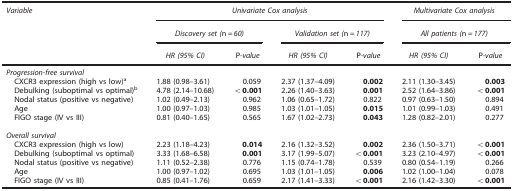
<table><thead><tr><td><b><i>Variable</i></b></td><td colspan="4"><b><i>Univariate Cox analysis</i></b></td><td colspan="2"><b><i>Multivariate Cox analysis</i></b></td></tr><tr><td><b> </b></td><td colspan="2"><b><i>Discovery set (</i>n=<i>60)</i></b></td><td colspan="2"><b><i>Validation set (</i>n=<i>117)</i></b></td><td colspan="2"><b><i>All patients (</i>n=<i>177)</i></b></td></tr><tr><td><b> </b></td><td><b><i>HR (95% CI)</i></b></td><td><b>P<i>-value</i></b></td><td><b><i>HR (95% CI)</i></b></td><td><b>P<i>-value</i></b></td><td><b><i>HR (95% CI)</i></b></td><td><b>P<i>-value</i></b></td></tr></thead><tbody><tr><td colspan="7"><i>Progression-free survival</i></td></tr><tr><td> CXCR3 expression (high vs low)a</td><td>1.88 (0.98–3.61)</td><td>0.059</td><td>2.37 (1.37–4.09)</td><td><b>0.002</b></td><td>2.11 (1.30–3.45)</td><td><b>0.003</b></td></tr><tr><td> Debulking (suboptimal vs optimal)b</td><td>4.78 (2.14–10.68)</td><td><b>&lt;0.001</b></td><td>2.26 (1.40–3.63)</td><td><b>0.001</b></td><td>2.52 (1.64–3.86)</td><td><b>&lt;0.001</b></td></tr><tr><td>Nodal status (positive vs negative)</td><td>1.02 (0.49–2.13)</td><td>0.962</td><td>1.06 (0.65–1.72)</td><td>0.822</td><td>0.97 (0.63–1.50)</td><td>0.894</td></tr><tr><td> Age</td><td>1.00 (0.97–1.03)</td><td>0.985</td><td>1.03 (1.01–1.05)</td><td><b>0.015</b></td><td>1.01 (0.99–1.03)</td><td>0.491</td></tr><tr><td> FIGO stage (IV vs III)</td><td>0.81 (0.40–1.65)</td><td>0.565</td><td>1.67 (1.02–2.73)</td><td><b>0.043</b></td><td>1.28 (0.82–2.01)</td><td>0.277</td></tr><tr><td> </td><td> </td><td> </td><td> </td><td> </td><td> </td><td> </td></tr><tr><td colspan="7"><i>Overall survival</i></td></tr><tr><td> CXCR3 expression (high vs low)</td><td>2.23 (1.18–4.23)</td><td><b>0.014</b></td><td>2.16 (1.32–3.52)</td><td><b>0.002</b></td><td>2.36 (1.50–3.71)</td><td><b>&lt;0.001</b></td></tr><tr><td> Debulking (suboptimal vs optimal)</td><td>3.33 (1.68–6.58)</td><td><b>0.001</b></td><td>3.17 (1.99–5.07)</td><td><b>&lt;0.001</b></td><td>3.23 (2.10–4.97)</td><td><b>&lt;0.001</b></td></tr><tr><td>Nodal status (positive vs negative)</td><td>1.11 (0.52–2.38)</td><td>0.776</td><td>1.15 (0.74–1.78)</td><td>0.539</td><td>0.80 (0.54–1.19)</td><td>0.266</td></tr><tr><td> Age</td><td>1.00 (0.97–1.02)</td><td>0.695</td><td>1.03 (1.01–1.05)</td><td><b>0.006</b></td><td>1.02 (1.00–1.04)</td><td>0.078</td></tr><tr><td> FIGO stage (IV vs III)</td><td>0.85 (0.41–1.76)</td><td>0.659</td><td>2.17 (1.41–3.33)</td><td><b>&lt;0.001</b></td><td>2.16 (1.42–3.30)</td><td><b>&lt;0.001</b></td></tr></tbody></table>